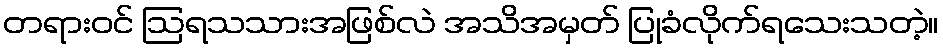
တရားဝင် ဩရသသားအဖြစ်လဲ အသိအမှတ် ပြုခံလိုက်ရသေးသတဲ့။